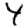
Digit: 4